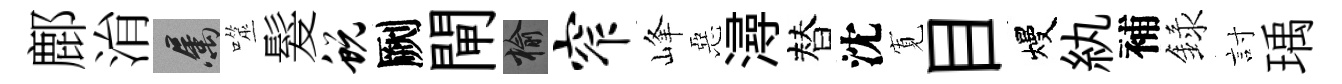
鄜㳙屬噬髮蜕劂閘榆窄峰惡潯替沈𡩖目熳紈補録討瑀